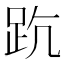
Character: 𧿦